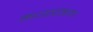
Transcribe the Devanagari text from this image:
मध्यप्रमाण